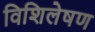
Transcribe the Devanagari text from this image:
विशिलेषण